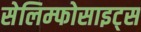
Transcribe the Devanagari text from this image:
सेलिम्फोसाइट्स